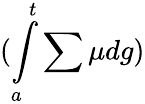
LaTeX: (\int\limits_{a}^{t}\sum\mu dg)